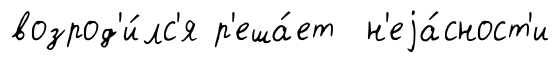
возрод'и́лс'я р'еша́ет н'еjа́сност'и